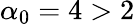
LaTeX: \alpha_{0}=4>2